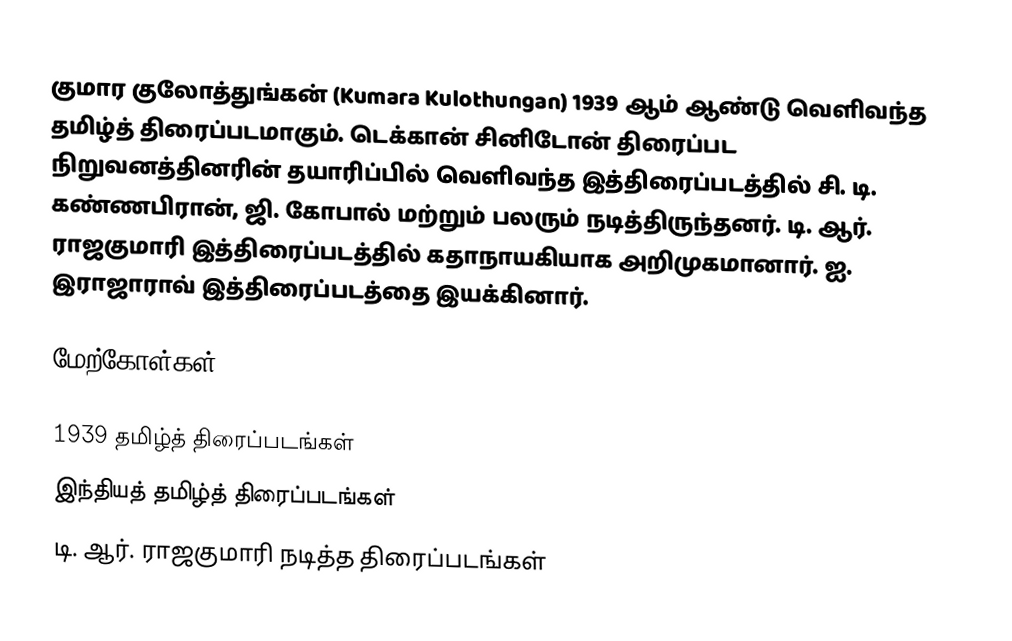
குமார குலோத்துங்கன் (Kumara Kulothungan) 1939 ஆம் ஆண்டு வெளிவந்த தமிழ்த் திரைப்படமாகும். டெக்கான் சினிடோன் திரைப்பட நிறுவனத்தினரின் தயாரிப்பில் வெளிவந்த இத்திரைப்படத்தில் சி. டி. கண்ணபிரான், ஜி. கோபால் மற்றும் பலரும் நடித்திருந்தனர். டி. ஆர். ராஜகுமாரி இத்திரைப்படத்தில் கதாநாயகியாக அறிமுகமானார். ஐ. இராஜாராவ் இத்திரைப்படத்தை இயக்கினார்.

மேற்கோள்கள்

1939 தமிழ்த் திரைப்படங்கள்
இந்தியத் தமிழ்த் திரைப்படங்கள்
டி. ஆர். ராஜகுமாரி நடித்த திரைப்படங்கள்